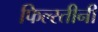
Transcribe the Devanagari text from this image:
फिल्स्तीनी